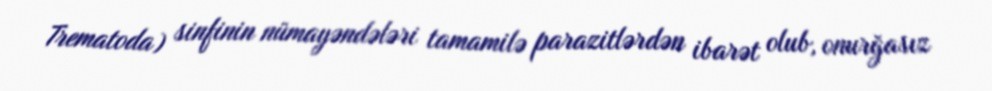
Trematoda) sinfinin nümayəndələri tamamilə parazitlərdən ibarət olub, onurğasız